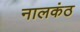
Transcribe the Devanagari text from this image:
नालकंठ